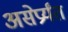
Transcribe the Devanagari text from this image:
असेप्रर्यंत